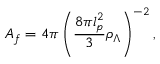
A _ { f } = 4 \pi \left( \frac { 8 \pi l _ { p } ^ { 2 } } { 3 } \rho _ { \Lambda } \right) ^ { - 2 } ,